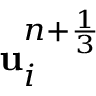
\mathbf u _ { i } ^ { n + \frac { 1 } { 3 } }